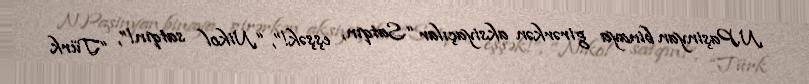
N.Paşinyan binaya girərkən aksiyaçılar “Satqın, eşşək!”, “Nikol satqın!”, “Türk